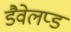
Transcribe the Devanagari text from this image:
डैवेलप्ड